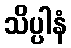
သိပ္ပါနံ